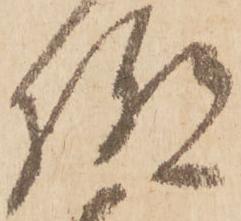
極